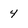
Character: 4